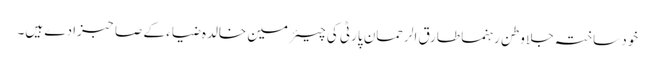
خود ساختہ جلا وطن رہنما طارق الرحمان پارٹی کی چیئرمین خالدہ ضیاء کے صاحبزادے ہیں۔